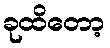
ခုထိတော့